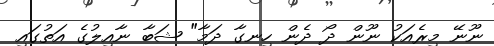
ނޫނޭ މިރެއަކު ނޫން ދޯ ދެން ހިނގާ ދަމާ" ޝަބާ ނާއިލުގެ އަތުގައި